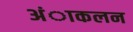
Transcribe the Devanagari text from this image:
अंाकलन